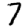
Digit: 7